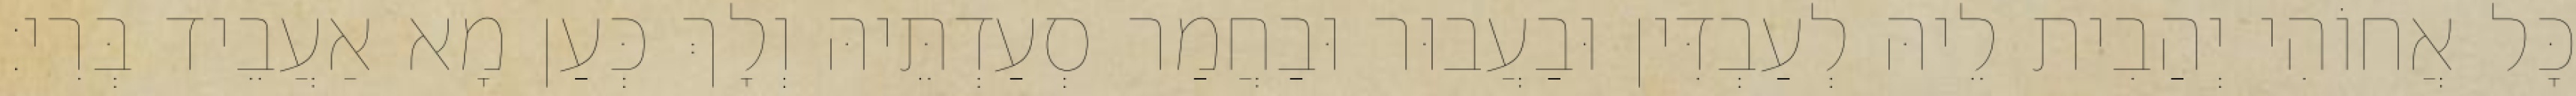
כָּל אֲחוֹהִי יְהַבִית לֵיהּ לְעַבְדִּין וּבַעֲבוּר וּבַחֲמַר סְעַדְתֵּיהּ וְלָךְ כְּעַן מָא אַעֲבֵיד בְּרִי׃